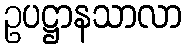
ဥပဋ္ဌာနသာလာ